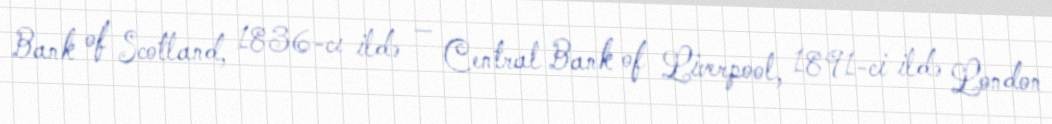
Bank of Scotland, 1836-cı ildə — Central Bank of Liverpool, 1891-ci ildə London